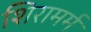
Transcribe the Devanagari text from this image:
शिरामर्म